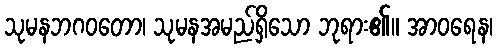
သုမနဘဂဝတော၊ သုမနအမည်ရှိသော ဘုရား၏။ အာဝရေန၊